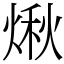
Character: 煍